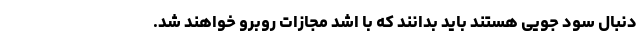
دنبال سود جویی هستند باید بدانند که با اشد مجازات روبرو خواهند شد.